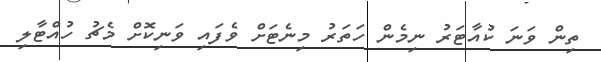
ތިން ވަނަ ކުއާޓަރު ނިމެން ހަތަރު މިނެޓަށް ވެފައި ވަނިކޮށް މެޗު ހުއްޓާލި